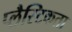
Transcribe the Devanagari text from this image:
प्लैस्टिकता